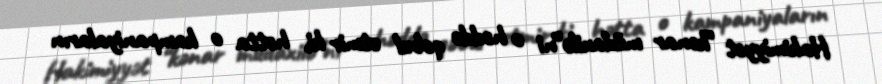
Hakimiyyət “kənar müdaxilə”ni o həddə qəbul etmir ki, hətta o kampaniyaların